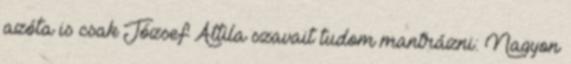
azóta is csak József Attila szavait tudom mantrázni: Nagyon